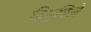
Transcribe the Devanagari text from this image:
डियुविले